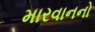
મારવાનનો